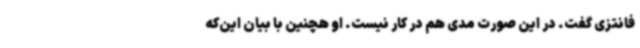
فانتزی گفت. در این صورت مدی هم در کار نیست. او هچنین با بیان این‌که